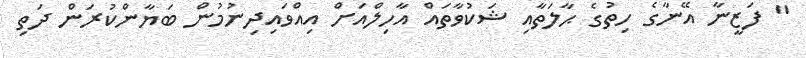
" ފަޒީނާ އޭނާގެ ހިތުގެ ޙާލަތާއި ޝަކުވާތައް އާހިލްއަށް އިއްވައިދިނުމުން ބަޔާންކުރަން ދަތި